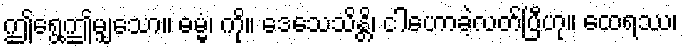
ဤရွေ့ဤမျှသော။ ဓမ္မံ၊ ကို။ ဒေသေသိန္တိ၊ ငါဟောခဲ့လတ်ပြီဟု။ ထေရဿ၊